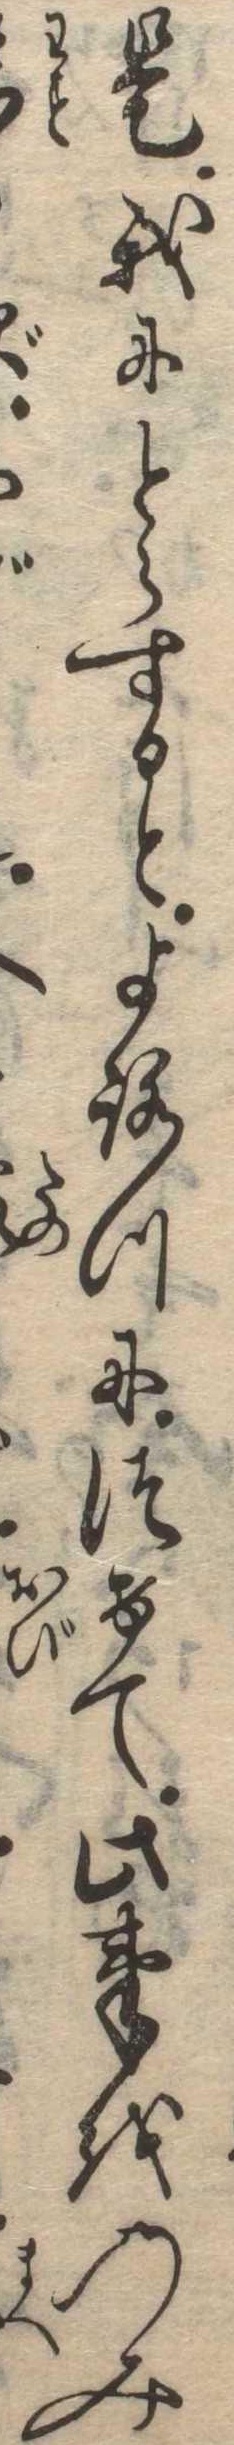
是我にとらするとよろつにつけて此事をのみ